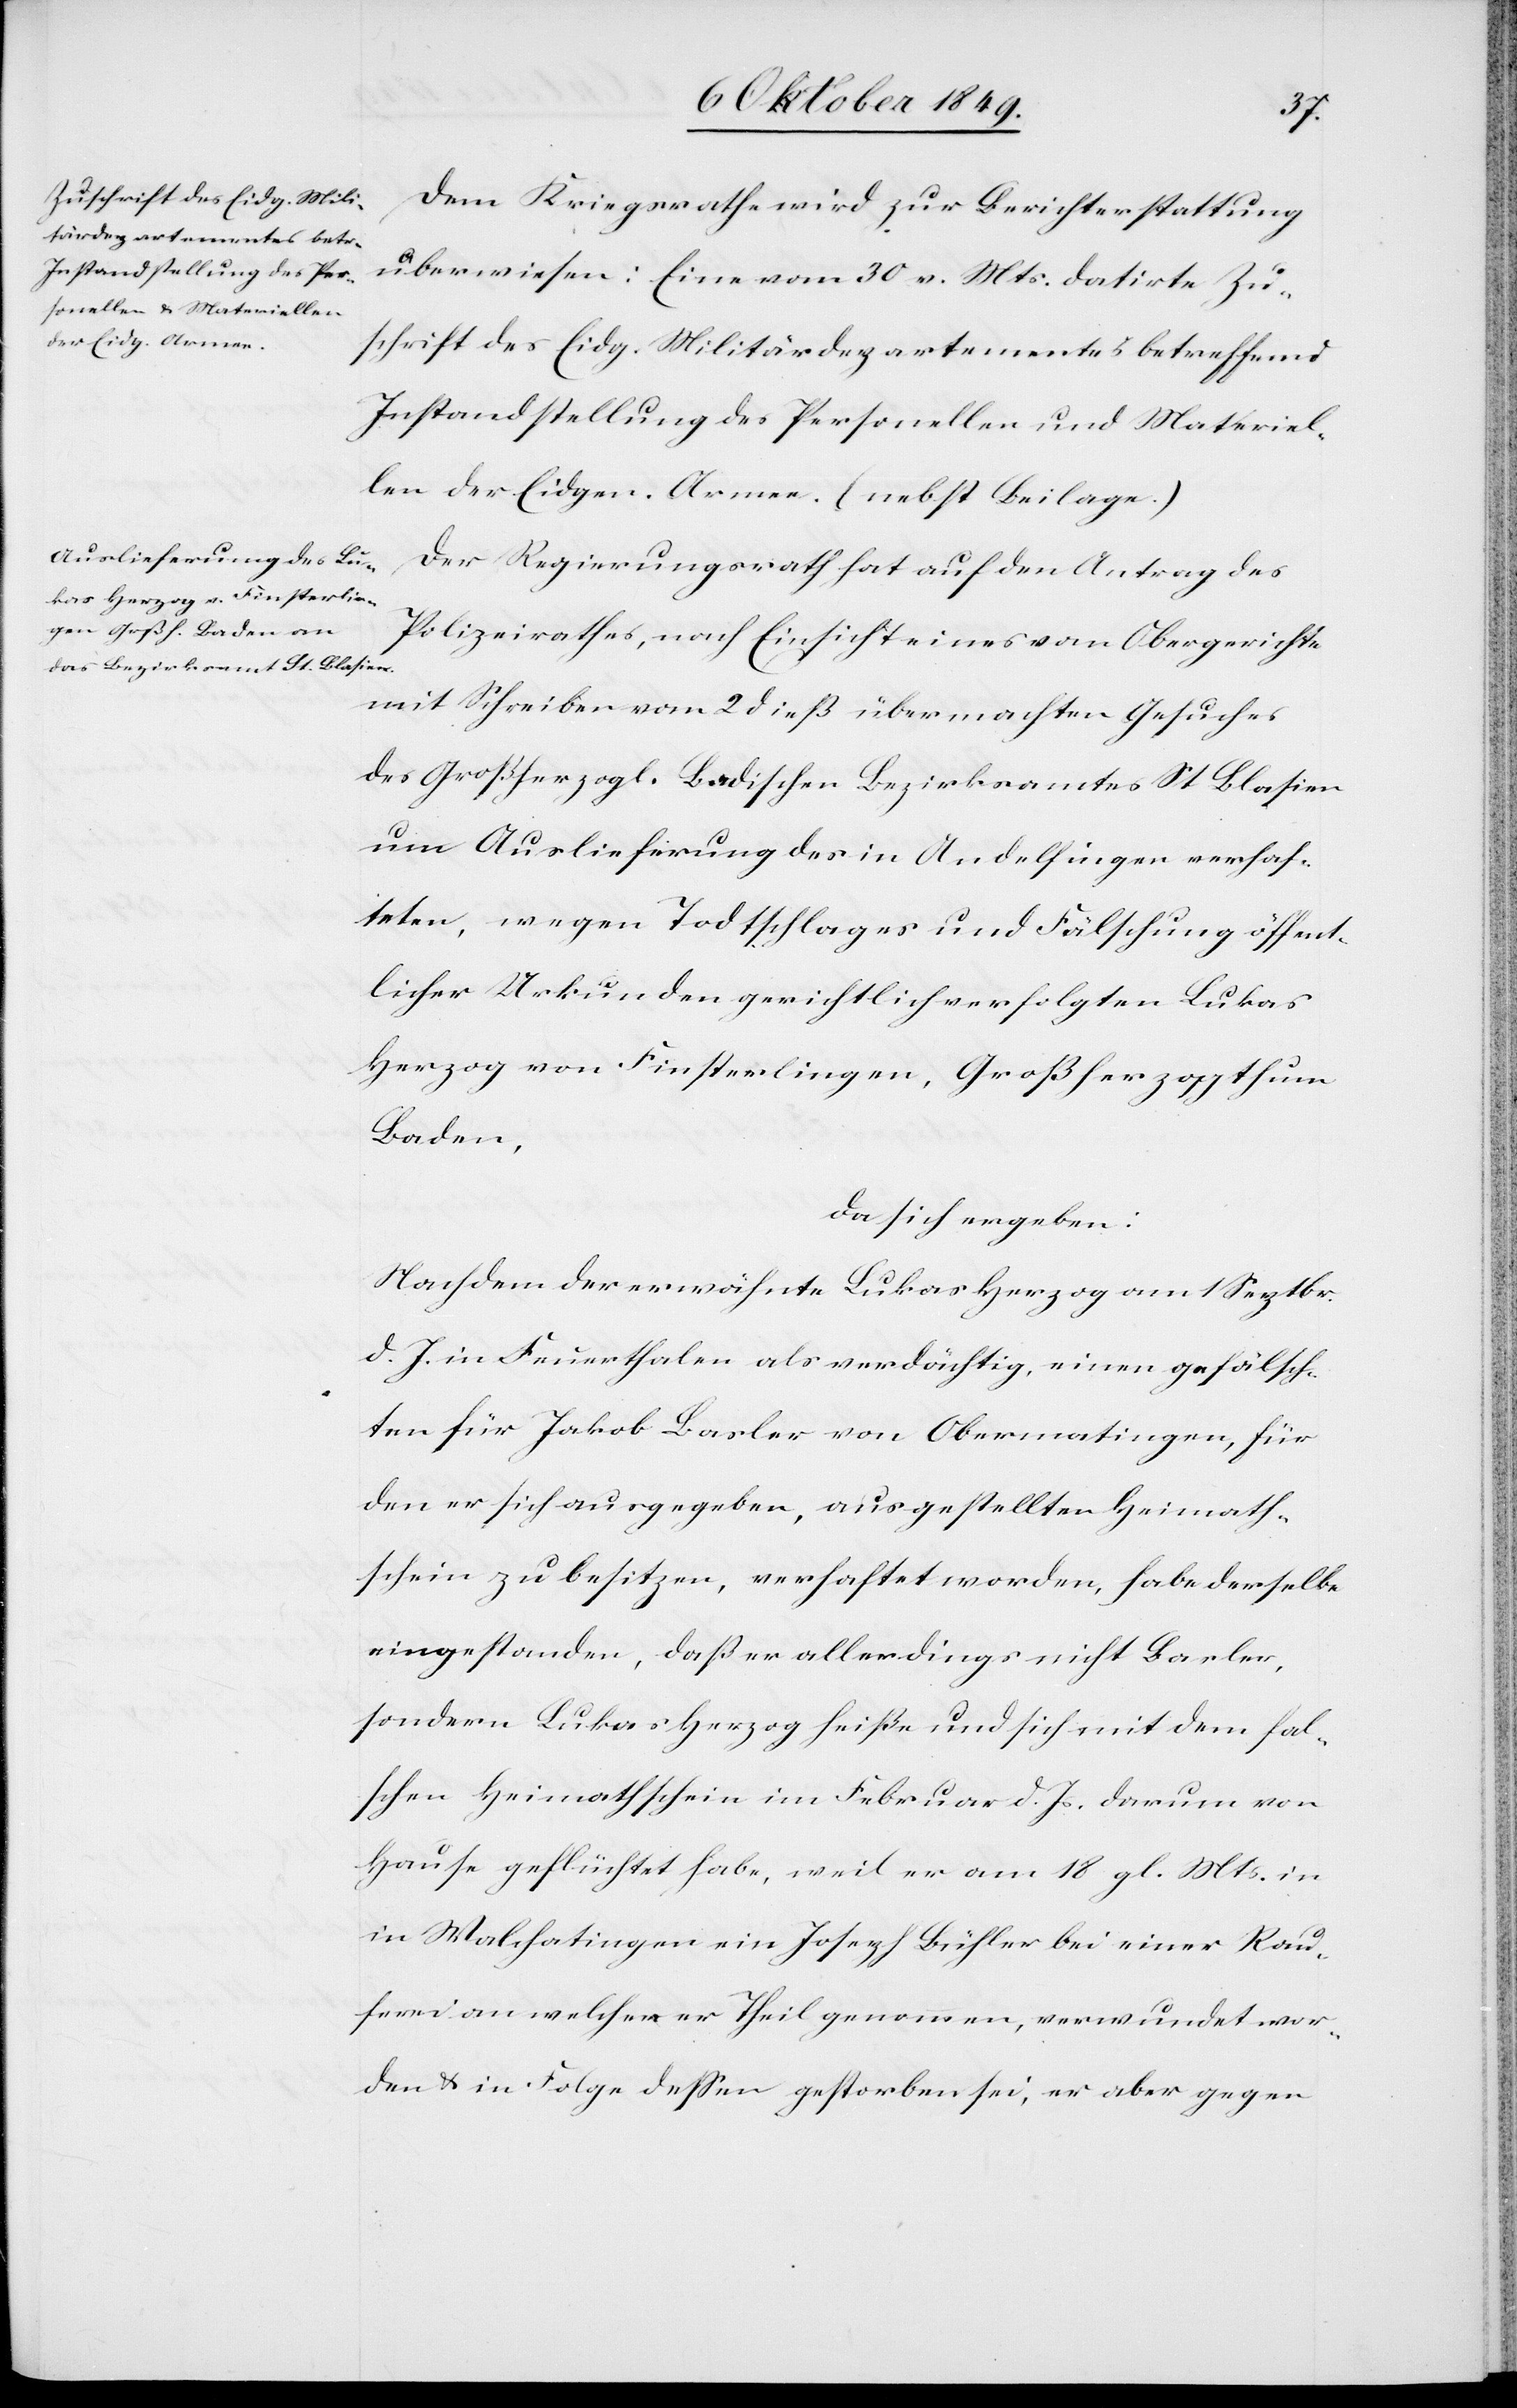
Dem Kriegsrathe wird zur Berichterstattung
überwiesen: Eine vom 30 v. Mts. datirte Zu¬
schrift des Eidg. Militärdepartementes betreffend
Instandstellung des Personellen und Materiel¬
len der Eidg. Armee. (nebst Beilage.)
Der Regierungsrath hat auf den Antrag des
Polizeirathes, nach Einsicht eines vom Obergerichte
mit Schreiben vom 2 dieß übermachten Gesuches
des Großherzogl. Badischen Bezirksamtes St. Blasien
um Auslieferung des in Andelfingen verhaf¬
teten, wegen Todtschlages und Fälschung öffent¬
licher Urkunden gerichtlich verfolgten Lukas
Herzog von Finsterlingen, Großherzogthum
Baden,
da sich ergeben:
Nach dem der erwähnte Lukas Herzog am 1 Septbr.
d. J. in Feuerthalen als verdächtig, einen gefälsch¬
ten für Jakob Basler von Obermatingen, für
den er sich ausgegeben, ausgestellten Heimath¬
schien zu besitzen, verhaftet worden, habe derselbe
eingestanden, daß er allerdings nicht Basler,
sondern Lukas Herzog heiße und sich mit dem fal¬
schen Heimathschein im Februar d. Js. darum von
Hause geflüchtet habe, weil er am 18 gl. Mts. i¬
n Walchatingen ein Joseph Bühler bei einer Rau¬
ferei an welcher er Theil genommen, verwundet wor¬
den u. in Folge deßen gestorben sei, er aber gegen